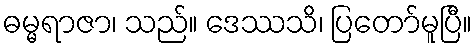
ဓမ္မရာဇာ၊ သည်။ ဒေဿသိ၊ ပြတော်မူပြီ။